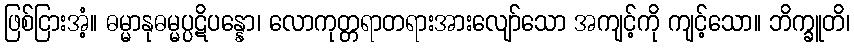
ဖြစ်ငြားအံ့။ ဓမ္မာနုဓမ္မပ္ပဋိပန္နော၊ လောကုတ္တရာတရားအားလျော်သော အကျင့်ကို ကျင့်သော။ ဘိက္ခူတိ၊